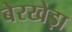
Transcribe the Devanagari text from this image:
बेरखेड़ा